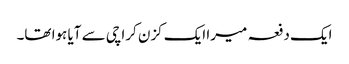
ایک دفعہ میرا ایک کزن کراچی سے آیا ہوا تھا۔